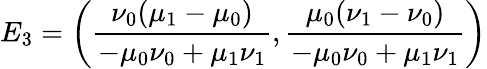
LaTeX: E_{3}=\bigg(\frac{\nu_{0}(\mu_{1}-\mu_{0})}{-\mu_{0}\nu_{0}+\mu_{1}\nu_{1}},\frac{\mu_{0}(\nu_{1}-\nu_{0})}{-\mu_{0}\nu_{0}+\mu_{1}\nu_{1}}\bigg)